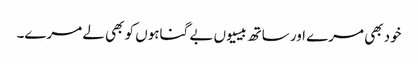
خود بھی مرے اور ساتھ بیسیوں بے گناہوں کو بھی لے مرے۔